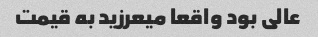
عالی بود واقعا میعرزید به قیمت